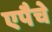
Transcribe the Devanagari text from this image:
एपैचे